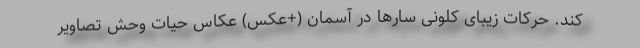
کند. حرکات زیبای کلونی سارها در آسمان (+عکس) عکاس حیات وحش تصاویر